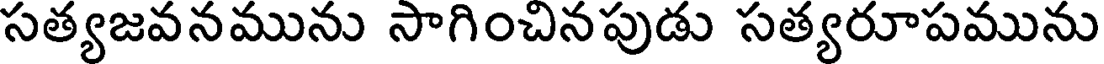
సత్యజవనమును సాగించినపుడు సత్యరూపమును